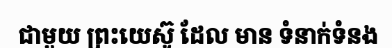
ជាមួយ ព្រះយេស៊ូ ដែល មាន ទំនាក់ទំនង